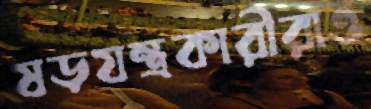
ষড়যন্ত্রকারীরাও